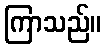
ကြာသည်။